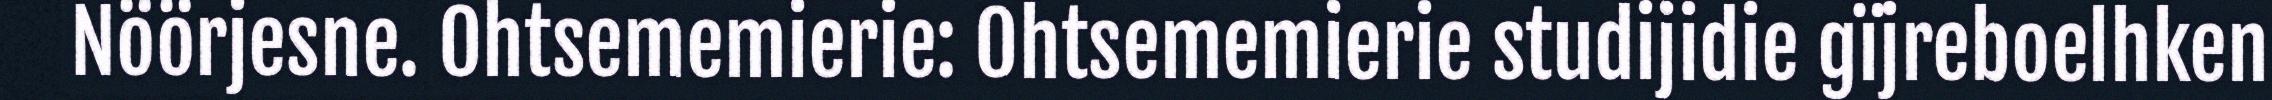
Nöörjesne. Ohtsememierie: Ohtsememierie studijidie gïjreboelhken